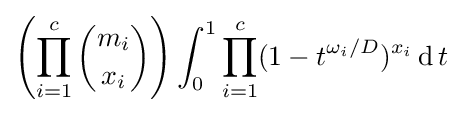
\left(\prod _{i=1}^{c}{\binom {m_{i}}{x_{i}}}\right)\int _{0}^{1}\prod _{i=1}^{c}(1-t^{\omega _{i}/D})^{x_{i}}\operatorname {d} t